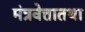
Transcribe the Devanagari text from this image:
मंत्रवेत्तातथा